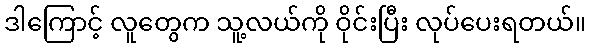
ဒါကြောင့် လူတွေက သူ့လယ်ကို ဝိုင်းပြီး လုပ်ပေးရတယ်။